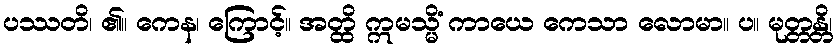
ပဿတိ၊ ၏။ ကေန၊ ကြောင့်။ အတ္ထိ ဣမသ္မိံ ကာယေ ကေသာ လောမာ။ ပ။ မုတ္တန္တိ၊